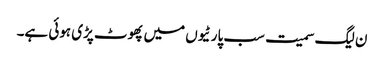
ن لیگ سمیت سب پارٹیوں میں پھوٹ پڑی ہوئی ہے۔